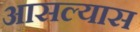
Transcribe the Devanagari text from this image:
आसल्यास